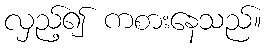
လှည့်၍ ကစားနေသည်။